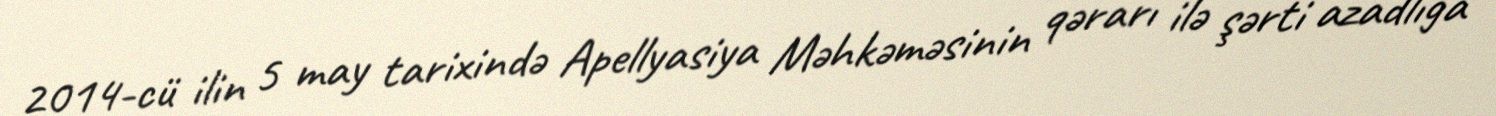
2014-cü ilin 5 may tarixində Apellyasiya Məhkəməsinin qərarı ilə şərti azadlığa